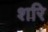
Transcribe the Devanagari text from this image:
शरि